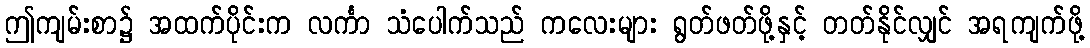
ဤကျမ်းစာ၌ အထက်ပိုင်းက လင်္ကာ သံပေါက်သည် ကလေးများ ရွတ်ဖတ်ဖို့နှင့် တတ်နိုင်လျှင် အရကျက်ဖို့